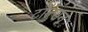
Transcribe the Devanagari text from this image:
टॉल्सन